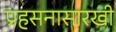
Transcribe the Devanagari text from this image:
प्रहसनासारखी